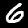
Digit: 6